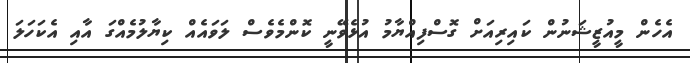
އެހެން މީއުޒީޝަނުން ކައިރިއަށް ގޮސްފިއްޔާމު އުޅެވޭނީ ކޮންމެވެސް ލަވައެއް ކިޔާލުމެއްގަ އާއި އެކަހަލަ